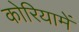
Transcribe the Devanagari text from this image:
कोरियामें